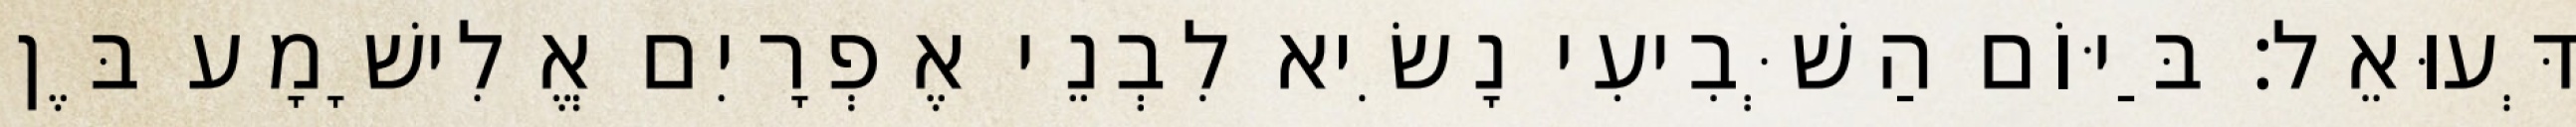
דְּעוּאֵל׃ בַּיּוֹם הַשְּׁבִיעִי נָשִׂיא לִבְנֵי אֶפְרָיִם אֱלִישָׁמָע בֶּן